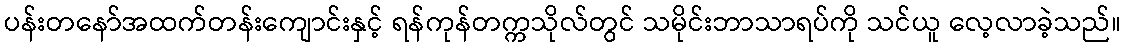
ပန်းတနော်အထက်တန်းကျောင်းနှင့် ရန်ကုန်တက္ကသိုလ်တွင် သမိုင်းဘာသာရပ်ကို သင်ယူ လေ့လာခဲ့သည်။